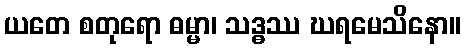
ယတေ စတုရော ဓမ္မာ၊ သဒ္ဓဿ ဃရမေသိနော။